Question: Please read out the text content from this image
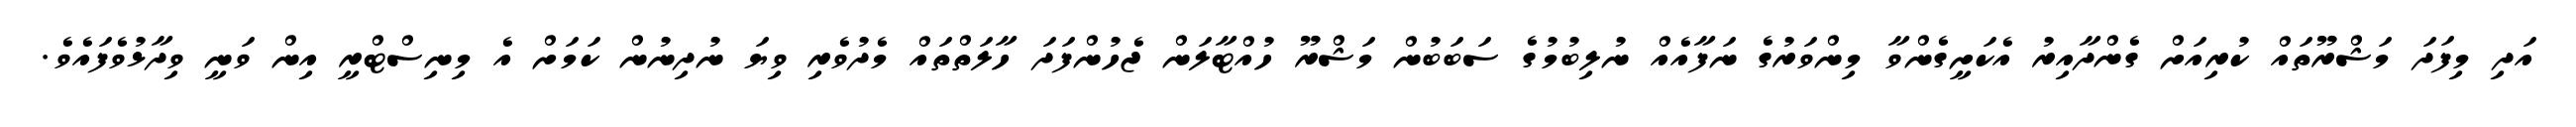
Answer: އަދި މިފަދަ މަޝްރޫތައް ކުރިއަށް ގެންދާއިރު އެކަށީގެންވާ މިންވަރުގެ ނަފާއެއް ނުލިބުމުގެ ސަބަބުން މަޝްރޫ ހުއްޓާލަން ޖެހުންފަދަ ހާލަތްތައް މެދުވެރި ވިޔަ ނުދިނުން ކަމަށް އެ މިނިސްޓްރީ އިން ވަނީ ވިދާޅުވެފައެވެ.